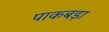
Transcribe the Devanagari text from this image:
पाकबड़ा